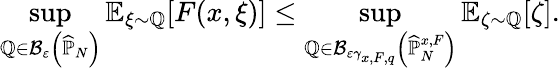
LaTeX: \operatorname*{sup}_{\mathbb{Q}\in\mathcal{B}_{\varepsilon}\left(\widehat{\mathbb{P}}_{N}\right)}\mathbb{E}_{\xi\sim\mathbb{Q}}[F(x,\xi)]\leq\operatorname*{sup}_{\mathbb{Q}\in\mathcal{B}_{\varepsilon\gamma_{x,F,q}}\left(\widehat{\mathbb{P}}_{N}^{x,F}\right)}\mathbb{E}_{\zeta\sim\mathbb{Q}}[\zeta].